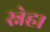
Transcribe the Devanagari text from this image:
स्नेह।